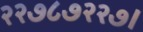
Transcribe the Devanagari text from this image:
२२७८७२२७।